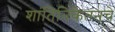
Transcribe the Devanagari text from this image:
शांतिनिकेतनचे